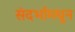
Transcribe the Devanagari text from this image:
संदर्भामधून